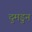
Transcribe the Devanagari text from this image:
दुमडुन